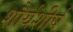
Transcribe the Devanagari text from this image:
शौर्यशीर्ष